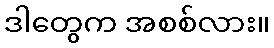
ဒါတွေက အစစ်လား။